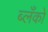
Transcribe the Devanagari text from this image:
ब्लँको